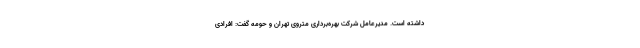
داشته است. مدیرعامل شرکت بهره‌برداری متروی تهران و حومه گفت: افرادی